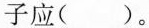
子应()。